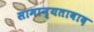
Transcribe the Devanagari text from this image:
सामान्यतावाद